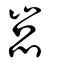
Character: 嵓